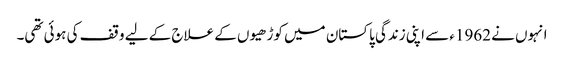
انہوں نے 1962ء سے اپنی زندگی پاکستان میں کوڑھیوں کے علاج کے لیے وقف کی ہوئی تھی۔